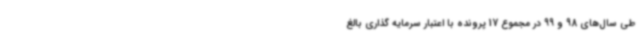
طی سال‌های 98 و 99 در مجموع 17 پرونده با اعتبار سرمایه گذاری بالغ